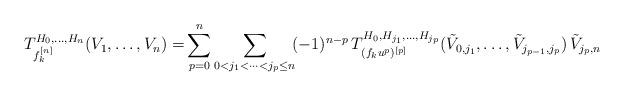
LaTeX: \begin{align*}T^{H_0,\ldots,H_n}_{f_k^{[n]}}(V_1,\ldots,V_n)=&\sum_{p=0}^n\sum_{0<j_1<\cdots<j_{p}\leq n}\!(-1)^{n-p}\, T^{H_0,H_{j_1},\ldots,H_{j_p}}_{(f_ku^p)^{[p]}}(\tilde{V}_{0,j_1},\ldots,\tilde{V}_{j_{p-1},j_p})\,\tilde{V}_{j_{p},n}\,\end{align*}